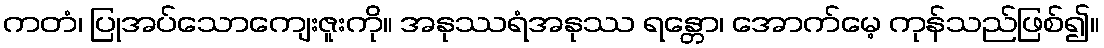
ကတံ၊ ပြုအပ်သောကျေးဇူးကို။ အနုဿရံအနုဿ ရန္တော၊ အောက်မေ့ ကုန်သည်ဖြစ်၍။